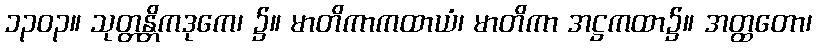
၁၃၀၃။ သုတ္တန္တိကဒုကေ၊ ၌။ မာတိကာကထာယံ၊ မာတိကာ အဋ္ဌကထာ၌။ အတ္ထတော၊